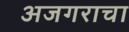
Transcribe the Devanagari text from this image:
अजगराचा